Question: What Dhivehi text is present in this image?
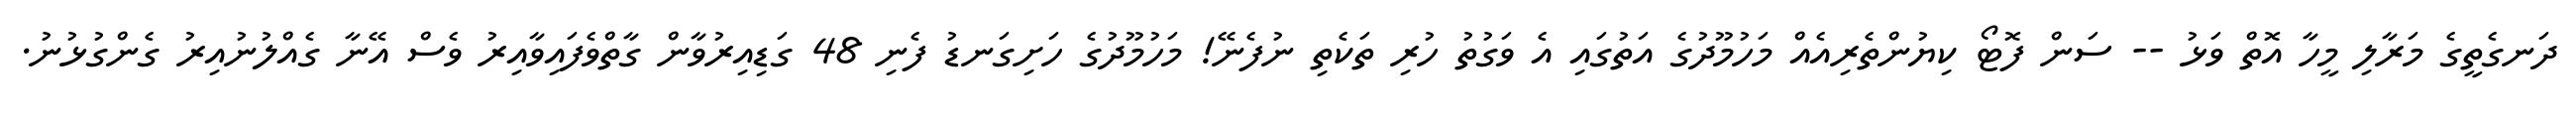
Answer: ދަނގެތީގެ މަރާލި މީހާ އޮތް ވަޅު -- ސަން ފޮޓޯ ކިޔުންތެރިއެއް މަހުމޫދުގެ އަތުގައި އެ ވަގުތު ހުރި ތަކެތި ނުފެނޭ! މަހުމޫދުގެ ހަށިގަނޑު ފެނި 48 ގަޑިއިރުވާން ގާތްވެފައިވާއިރު ވެސް އޭނާ ގެއްލުނުއިރު ގެންގުޅުނު.